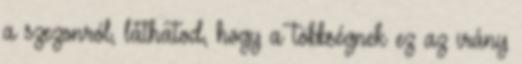
a szezonról, láthatod, hogy a többségnek ez az irány